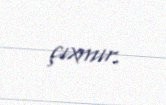
çıxmır.